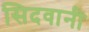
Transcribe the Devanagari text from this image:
सिदवानी